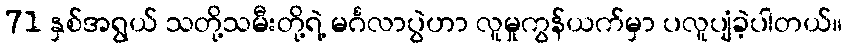
71 နှစ်အရွယ် သတို့သမီးတို့ရဲ့ မင်္ဂလာပွဲဟာ လူမှုကွန်ယက်မှာ ပလူပျံခဲ့ပါတယ်။